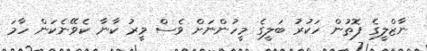
ނާޒްލީގެ ފޮތުން ހަކުރު ބަލީގެ މީހުންނަށް ވެސް މީރު ކާނާ ކެވޭނެކަން ހާމަ